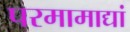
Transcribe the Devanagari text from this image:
परमामाद्यां